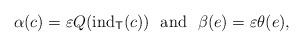
LaTeX: \begin{align*} \alpha(c)=\varepsilon Q(\textnormal{ind}_{\mathsf{T}}(c))~~\textnormal{and}~~\beta(e)=\varepsilon\theta(e),\end{align*}